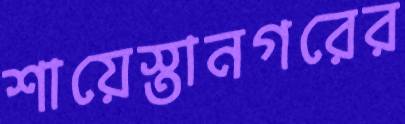
শায়েস্তানগরের